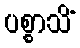
ပစ္စာသိံ